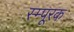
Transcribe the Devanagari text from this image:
स्म्पूरक